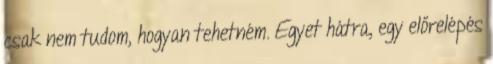
csak nem tudom, hogyan tehetném. Egyet hátra, egy előrelépés